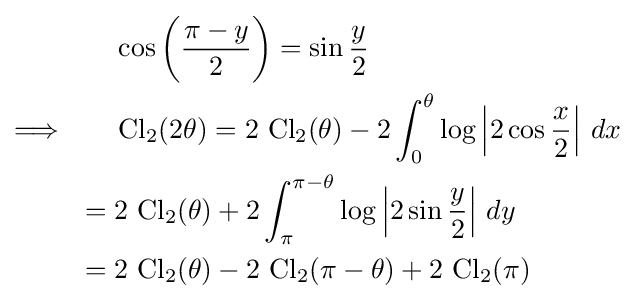
{\begin{aligned}&\cos \left({\frac {\pi -y}{2}}\right)=\sin {\frac {y}{2}}\\\Longrightarrow \qquad &\operatorname {Cl} _{2}(2\theta )=2\,\operatorname {Cl} _{2}(\theta )-2\int _{0}^{\theta }\log \left|2\cos {\frac {x}{2}}\right|\,dx\\={}&2\,\operatorname {Cl} _{2}(\theta )+2\int _{\pi }^{\pi -\theta }\log \left|2\sin {\frac {y}{2}}\right|\,dy\\={}&2\,\operatorname {Cl} _{2}(\theta )-2\,\operatorname {Cl} _{2}(\pi -\theta )+2\,\operatorname {Cl} _{2}(\pi )\end{aligned}}